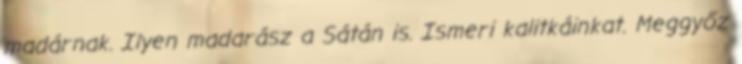
madárnak. Ilyen madarász a Sátán is. Ismeri kalitkáinkat. Meggyőz